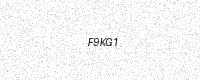
Text: F9KG1